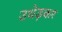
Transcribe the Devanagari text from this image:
उधेड़कर